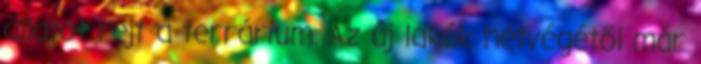
állatot rejt a terrárium. Az új lakók hétvégétől már